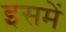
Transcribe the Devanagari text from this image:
इसमेें